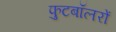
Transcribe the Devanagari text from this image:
फुटबॉलरों